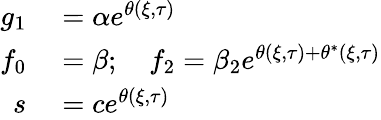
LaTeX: \begin{array}{rl}{g_{1}}&{{}=\alpha e^{\theta(\xi,\tau)}}\\ {f_{0}}&{{}=\beta;\quad f_{2}=\beta_{2}e^{\theta(\xi,\tau)+\theta^{*}(\xi,\tau)}}\\ {s}&{{}=ce^{\theta(\xi,\tau)}}\end{array}